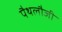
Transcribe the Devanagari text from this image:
पैथलौजी